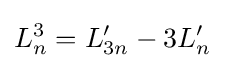
L_{n}^{3}=L'_{3n}-3L'_{n}